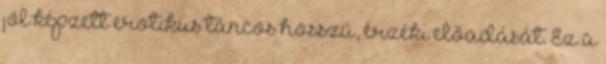
jól képzett erotikus táncos hosszú, érzéki előadását. Ez a